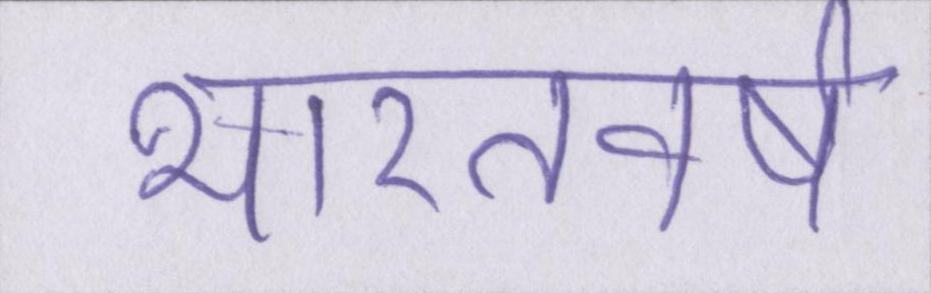
भारतवर्ष